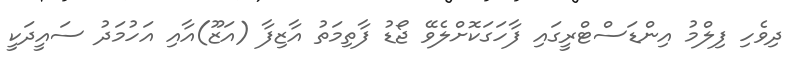
ދިވެހި ފިލްމު އިންޑަސްޓްރީގައި ފާހަގަކޮށްލެވޭ ޖޯޑު ފާތިމަތު އާޒިފާ (އަޒޫ)އާއި އަހުމަދު ސައީދަކީ